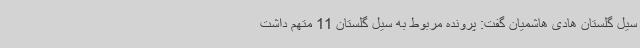
سیل گلستان هادی هاشمیان گفت: پرونده مربوط به سیل گلستان 11 متهم داشت